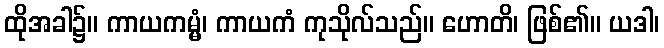
ထိုအခါ၌။ ကာယကမ္မံ၊ ကာယကံ ကုသိုလ်သည်။ ဟောတိ၊ ဖြစ်၏။ ယဒါ၊